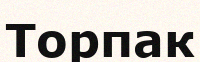
Торпак